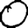
Digit: 0